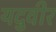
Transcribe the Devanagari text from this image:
यदुवीर